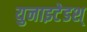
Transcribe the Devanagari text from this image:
युनाइटेडश्